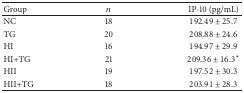
<table><thead><tr><td><b>Group</b></td><td><b><i>n</i></b></td><td><b>IP-10 (pg/mL)</b></td></tr></thead><tbody><tr><td>NC</td><td>18</td><td>192.49 ± 25.7</td></tr><tr><td>TG</td><td>20</td><td>208.88 ± 24.6</td></tr><tr><td>HI</td><td>16</td><td>194.97 ± 29.9</td></tr><tr><td>HI+TG</td><td>21</td><td>209.36 ± 16.3*</td></tr><tr><td>HII</td><td>19</td><td>197.52 ± 30.3</td></tr><tr><td>HII+TG</td><td>18</td><td>203.91 ± 28.3</td></tr></tbody></table>